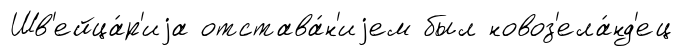
Шв'ейца́р'иjа отстава́н'иjем был новоз'ела́нд'ец